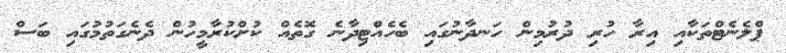
ޕްލެނެޓްތަކާއި އިރާ ހުރި ދުރުމިން ހަނދާނުގައި ބެހެއްޓިދާނެ ގޮތެއް ކުށްކުރާމީހުން ދެނެގަތުމުގައި ބަސް